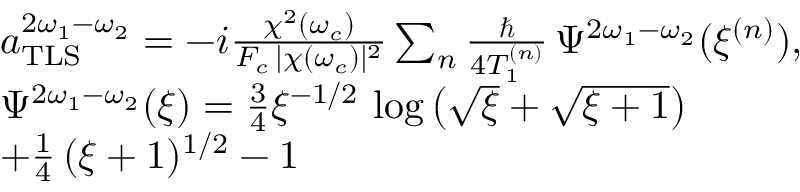
\begin{array} { r l } & { a _ { \mathrm { T L S } } ^ { 2 \omega _ { 1 } - \omega _ { 2 } } = - i \frac { \chi ^ { 2 } ( \omega _ { c } ) } { F _ { c } \, | \chi ( \omega _ { c } ) | ^ { 2 } } \sum _ { n } \frac { \hbar } { 4 T _ { 1 } ^ { ( n ) } } \, \Psi ^ { 2 \omega _ { 1 } - \omega _ { 2 } } ( \xi ^ { ( n ) } ) , } \\ & { \Psi ^ { 2 \omega _ { 1 } - \omega _ { 2 } } ( \xi ) = \frac { 3 } { 4 } \xi ^ { - 1 / 2 } \, \log \left( \sqrt { \xi } + \sqrt { \xi + 1 } \right) } \\ & { + \frac { 1 } { 4 } \, ( \xi + 1 ) ^ { 1 / 2 } - 1 } \end{array}